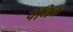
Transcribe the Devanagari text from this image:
पॅनिक